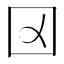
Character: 𡆢